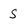
Character: S